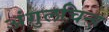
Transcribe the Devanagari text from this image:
अंगुलचिन्ह